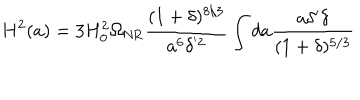
LaTeX: H ^ { 2 } ( a ) = 3 H _ { 0 } ^ { 2 } \Omega _ { \mathrm { N R } } \frac { ( 1 + \delta ) ^ { 8 / 3 } } { a ^ { 6 } \delta ^ { ' 2 } } \int d a \frac { a \delta ^ { \prime } \delta } { ( 1 + \delta ) ^ { 5 / 3 } }